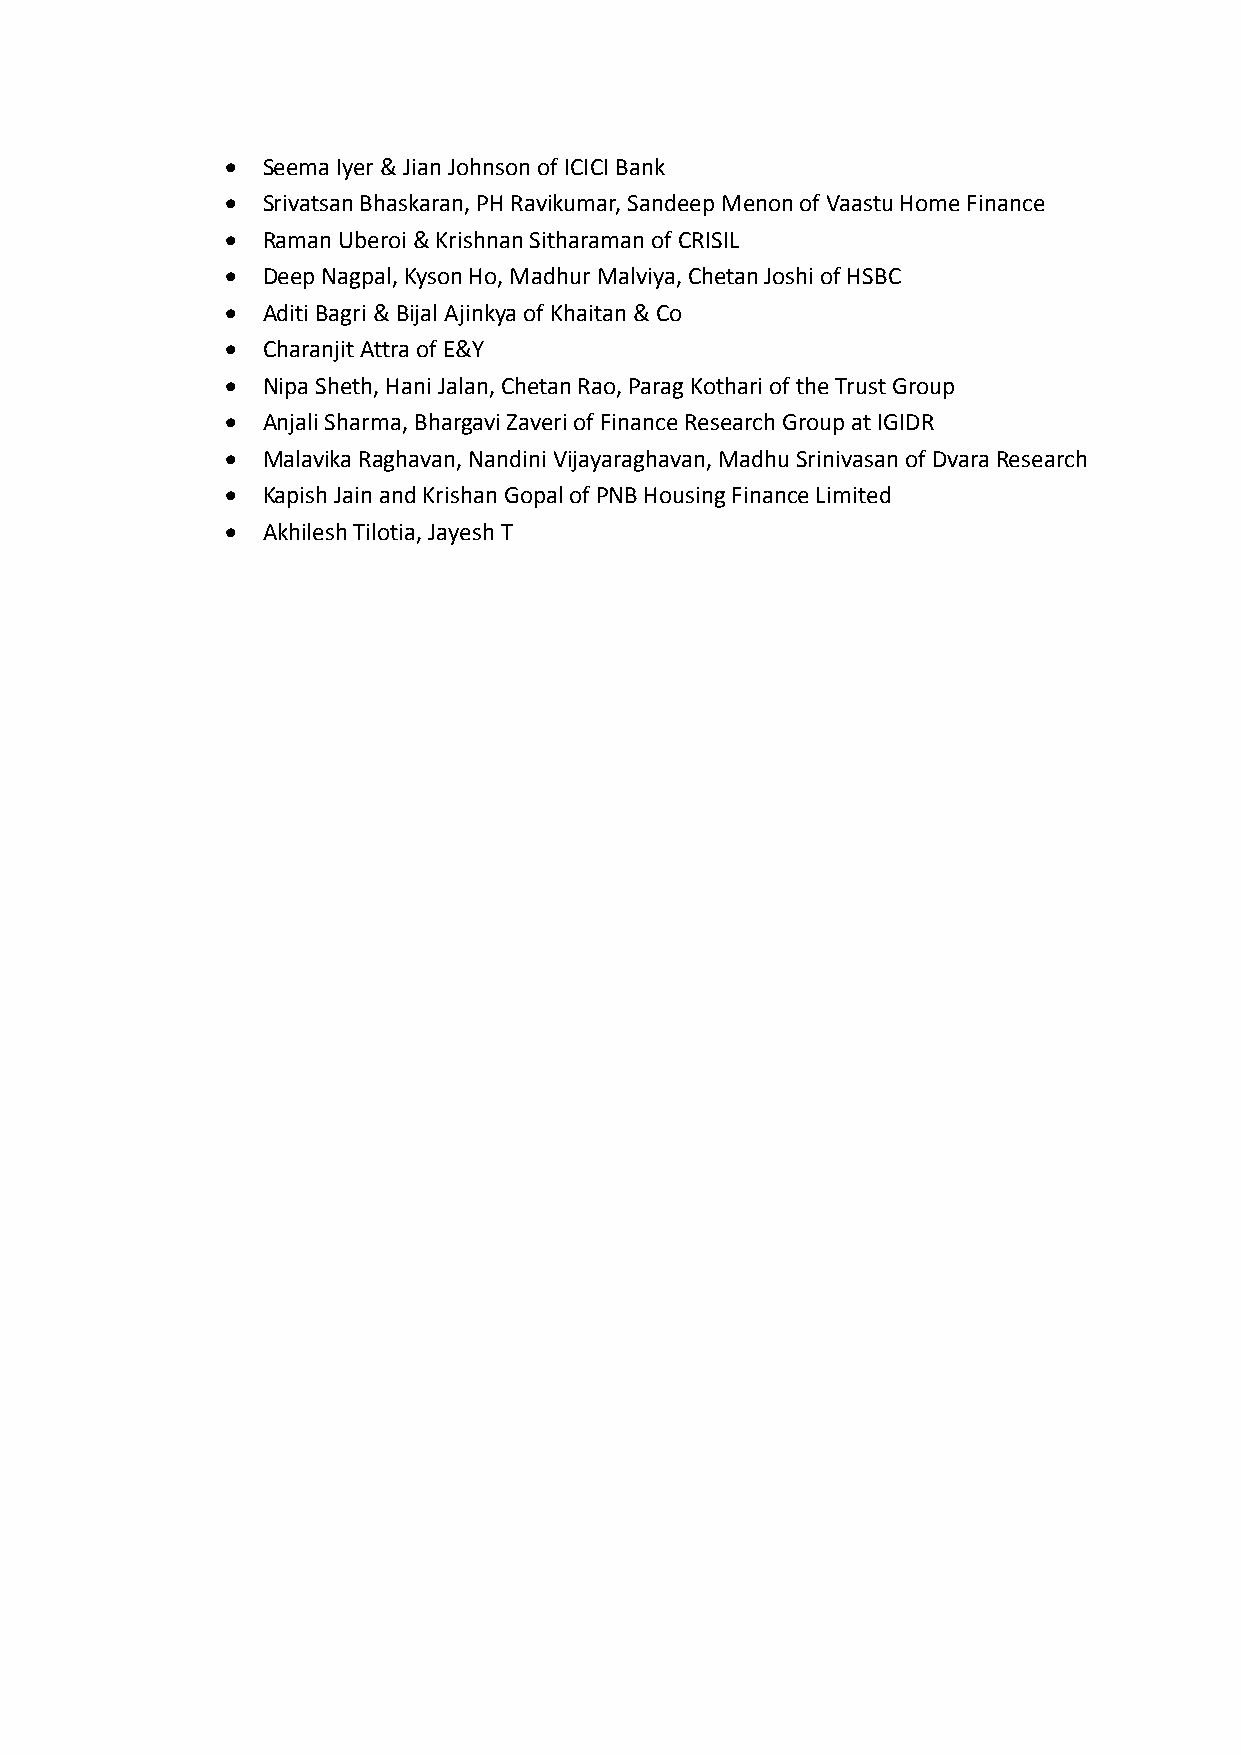
• Seema Iyer & Jian Johnson of ICICI Bank
 • Srivatsan Bhaskaran, PH Ravikumar, Sandeep Menon of Vaastu Home Finance
 • Raman Uberoi & Krishnan Sitharaman of CRISIL
 • Deep Nagpal, Kyson Ho, Madhur Malviya, Chetan Joshi of HSBC
 • Aditi Bagri & Bijal Ajinkya of Khaitan & Co
 • Charanjit Attra of E&Y
 • Nipa Sheth, Hani Jalan, Chetan Rao, Parag Kothari of the Trust Group
 • Anjali Sharma, Bhargavi Zaveri of Finance Research Group at IGIDR
 • Malavika Raghavan, Nandini Vijayaraghavan, Madhu Srinivasan of Dvara Research
 • Kapish Jain and Krishan Gopal of PNB Housing Finance Limited
 • Akhilesh Tilotia, Jayesh T